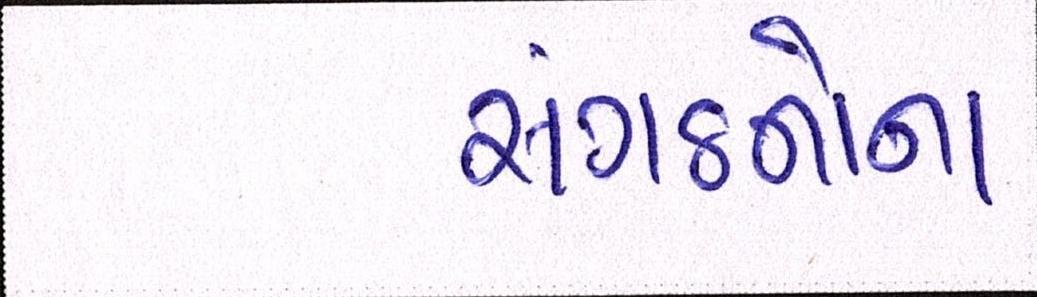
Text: સંગઠનોના